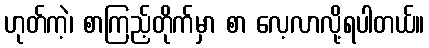
ဟုတ်ကဲ့၊ စာကြည့်တိုက်မှာ စာ လေ့လာလို့ရပါတယ်။